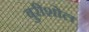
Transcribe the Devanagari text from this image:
बुरीशोल